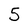
Character: 5